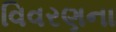
વિવરણના